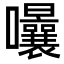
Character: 𭍈